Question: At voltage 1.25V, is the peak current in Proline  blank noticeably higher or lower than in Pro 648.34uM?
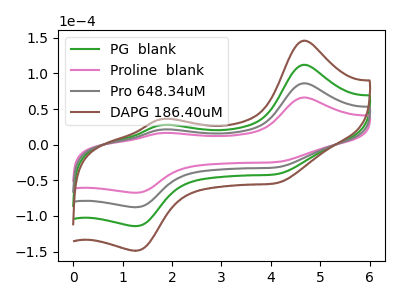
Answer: <think>The green curve "PG  blank" has anodic peaks at (4.65V, 172.25uA) (1.80V, 42.55uA) and cathodic peaks at (4.15V, -63.00uA) (1.25V, -175.80uA). The pink curve "Proline  blank" has anodic peaks at (4.65V, 66.20uA) (1.80V, 16.35uA) and cathodic peaks at (4.15V, -24.20uA) (1.25V, -67.55uA). The gray curve "Pro 648.34uM" has anodic peaks at (4.65V, 86.15uA) (1.80V, 21.30uA) and cathodic peaks at (4.15V, -31.50uA) (1.25V, -87.90uA). The brown curve "DAPG 186.40uM" has anodic peaks at (4.65V, 258.40uA) (1.80V, 63.85uA) and cathodic peaks at (4.15V, -94.50uA) (1.25V, -263.75uA).</think>
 <answer>The peak at 1.25V is lower in "Proline  blank" than in "Pro 648.34uM".</answer>
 <eval>lower</eval>